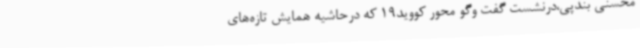
محسنی بندپی،درنشست گفت وگو محور کووید19 که درحاشیه همایش تازه‌های